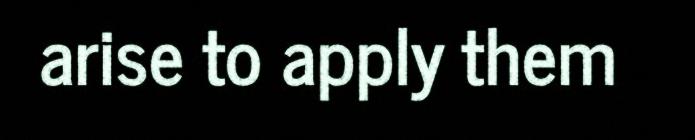
arise to apply them